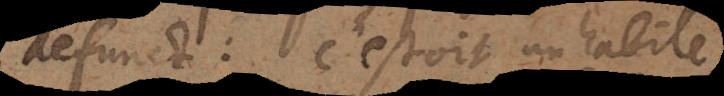
defunct: c’estoit un habile